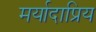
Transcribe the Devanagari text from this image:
मर्यादाप्रिय